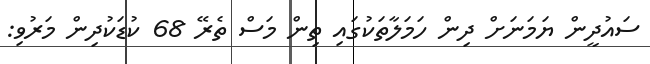
ސައުދީން ޔަމަނަށް ދިން ހަމަލާތަކުގައި ތިން މަސް ތެރޭ 68 ކުޑަކުދިން މަރުވި: